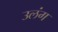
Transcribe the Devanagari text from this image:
उलंग